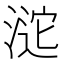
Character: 𣸘